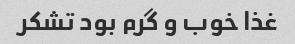
غذا خوب و گرم بود تشکر